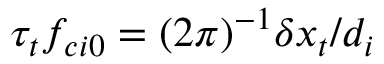
\tau _ { t } f _ { c i 0 } = ( 2 \pi ) ^ { - 1 } \delta x _ { t } / d _ { i }